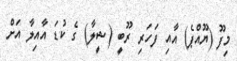
މިފޫ (ޔޫއްޕެ) އާއި ފަހަރި ރޫބީ (ޝީލާ) ގެ ކުޑަ އާއިލާ އަށް